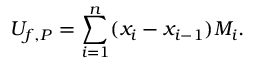
U _ { f , P } = \sum _ { i = 1 } ^ { n } ( x _ { i } - x _ { i - 1 } ) M _ { i } . \,